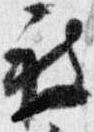
被